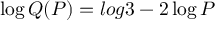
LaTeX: \log Q ( P ) = l o g 3 - 2 \log P